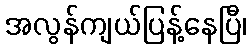
အလွန်ကျယ်ပြန့်နေပြီ၊